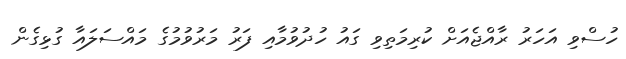
ހުސްވި އަހަރު ރާއްޖެއަށް ކުރިމަތިވި ގައު ހުދުވުމާއި ފަރު މަރުވުމުގެ މައްސަލައާ ގުޅިގެން